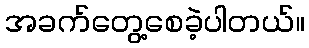
အခက်တွေ့စေခဲ့ပါတယ်။